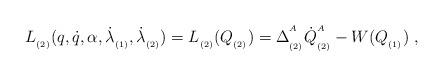
LaTeX: \begin{align*}L_{_{(2)}}(q,\dot{q},\alpha ,\dot{\lambda}_{_{(1)}},\dot{\lambda}_{_{(2)}})=L_{_{(2)}}(Q_{_{(2)}})=\Delta _{_{(2)}}^{^A}\dot{Q}_{_{(2)}}^{^A}-W(Q_{_{(1)}})\;,\end{align*}